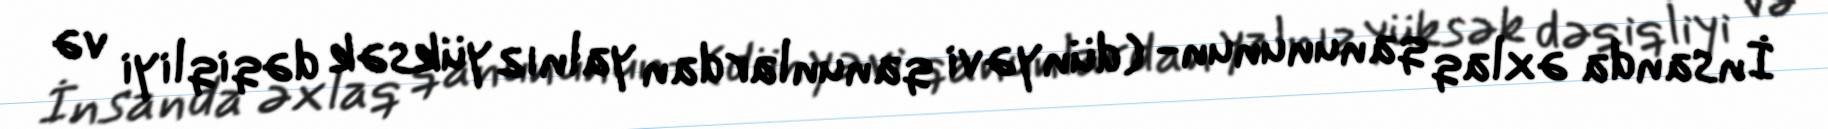
İnsanda əxlaq qanununun- (dünyəvi qanunlardan yalnız yüksək dəqiqliyi və